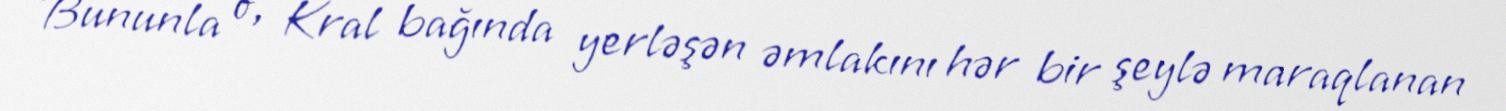
Bununla o, Kral bağında yerləşən əmlakını hər bir şeylə maraqlanan